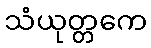
သံယုတ္တကေ